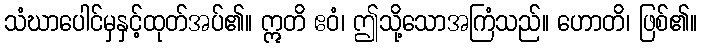
သံဃာပေါင်မှနှင့်ထုတ်အပ်၏။ ဣတိ ဧဝံ၊ ဤသို့သောအကြံသည်။ ဟောတိ၊ ဖြစ်၏။